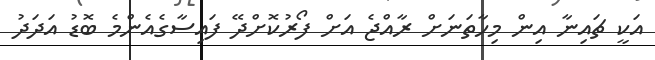
އަކީ ޗައިނާ އިން މިހާތަނަށް ރާއްޖެ އަށް ފޯރުކޮށްދޭ ފައިސާގެއެންމެ ބޮޑު އަދަދު